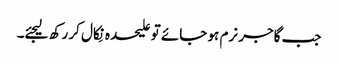
جب گاجر نرم ہو جائے تو علیحدہ نِکال کر رکھ لیجئے۔